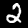
Digit: 2